Trukikaitis_Postimees, lk 43
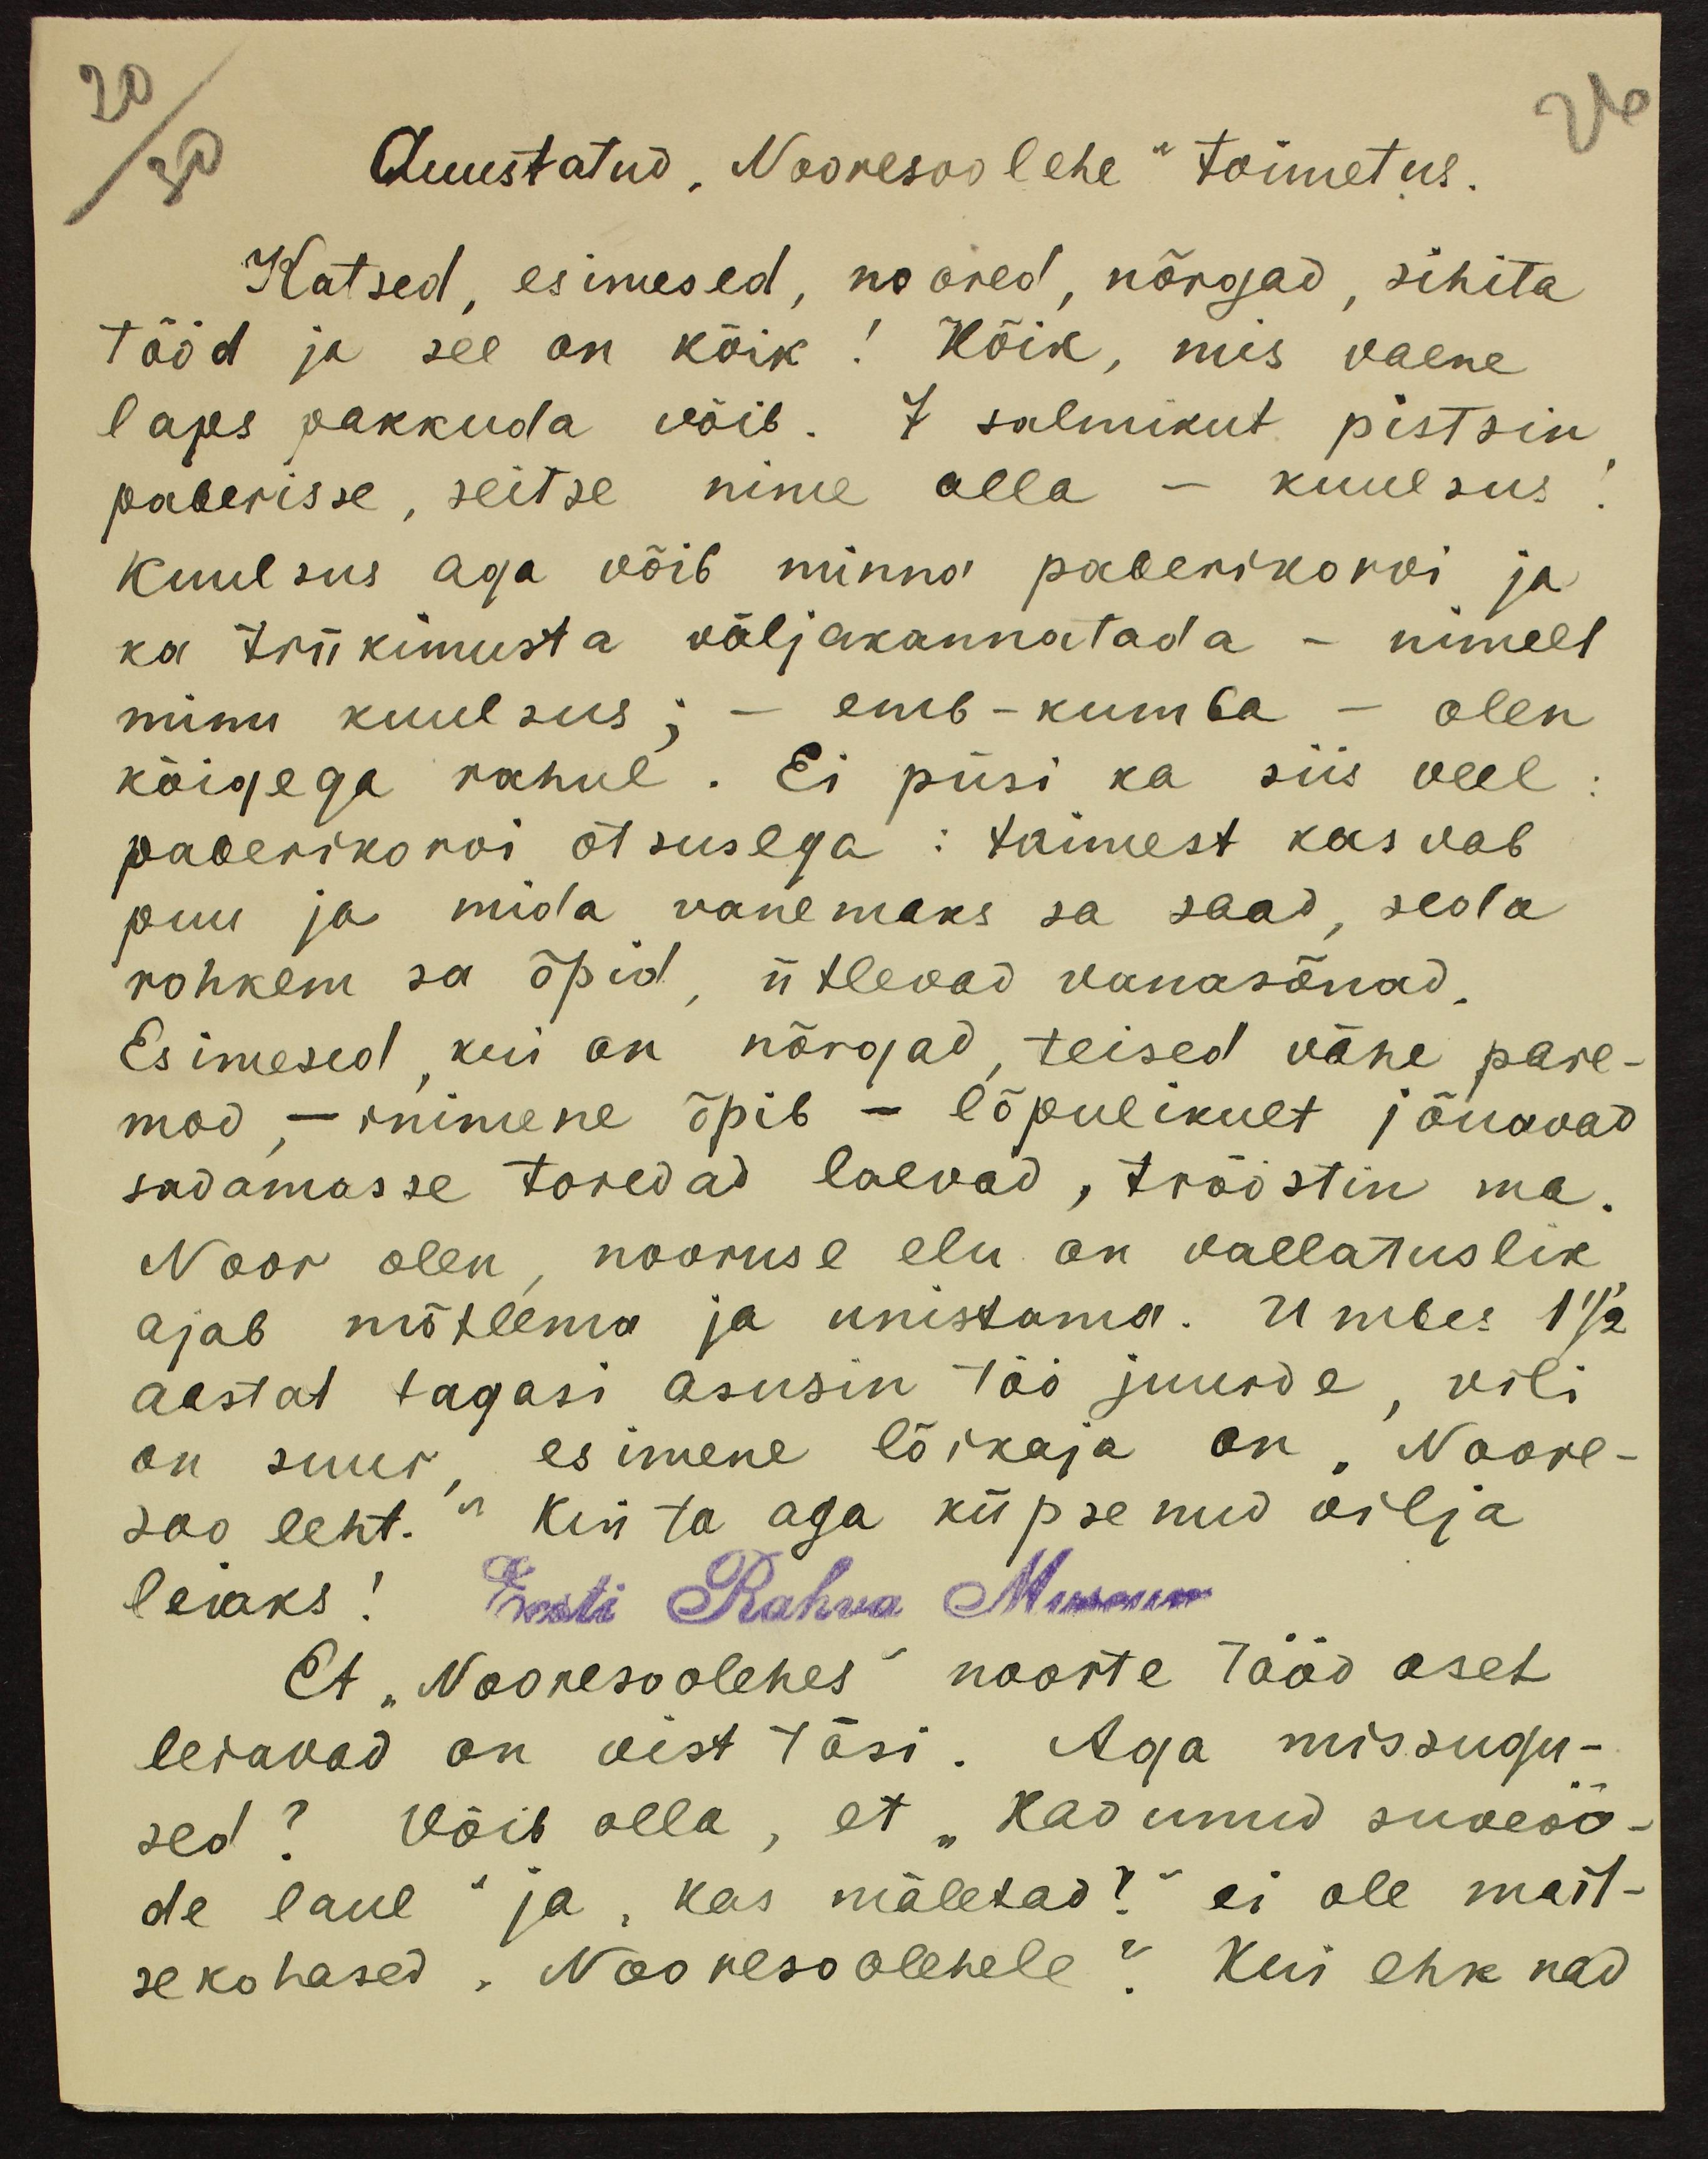
Auustatud "Nooresoolehe" toimetus.
Katsed, esimesed, noored, nõrgad, sihita
tööd ja see on kõik! Kõik, mis vaene
laps pakkuda võib. 7 salmikut pistsin
paberisse, seitse nime alla - kuulsus
kuulsus aga võib minna paberikorvi ja
ka trükimusta väljakannatada - nimelt
minu kuulsus: -emb-kumba - olen
kõigega rahul. Ei püsi ka siis veel
paberikorvi otsusega: taimest kasvab
puu ja mida vanemaks sa saad, seda
rohkem sa õpid, ütlevad vanasõnad,
Esimesed, kui on nõrgad teised vähe pare-
mad, - inimene õpib - lõpulikult jõuavad,
sadamasse toredad laevad, trööstin ma,
Noor olen nooruse elu on vallatuslik
ajab mõtlema ja unistama. Umbes 1 1/2
aastat tagasi asusin töö juurde, vili
on suur esimene lõikaja on "Noore-
soo leht." Kui ta aga küpsenud vilja
leiaks! Eesti Rahva Museum
Et "Nooresoolehes" noorte tööd aset
leiavad on vist tõsi. Aga missugu-
sed? Võib olla, et "Kadunud suveöö-
de laul" ja,"Kas mäletad?“ ei ole mait-
sekohased "Nooresoolehele". Kui ehk nad